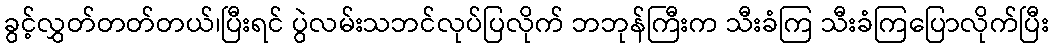
ခွင့်လွှတ်တတ်တယ်၊ပြီးရင် ပွဲလမ်းသဘင်လုပ်ပြလိုက် ဘဘုန်ကြီးက သီးခံကြ သီးခံကြပြောလိုက်ပြီး